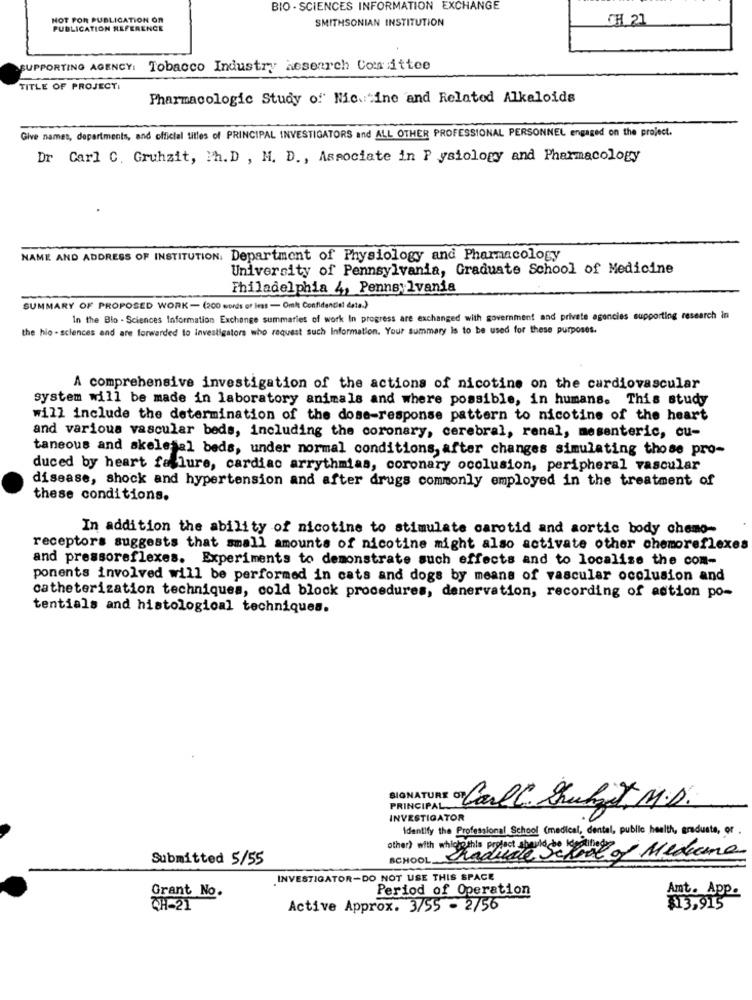
BIO - SCIENCES INFORMATION EXCHANGE
NOT FOR PUBLICATION OR
CH 21
PUBLICATION REFERENCE
SMITHSONIAN INSTITUTION
SUPPORTING AGENCY: Tobacco Industry hesearch Comittee
TITLE OF PROJECT:
Pharmacologic Study of' Nic. ine and Related Alkaloids
Give names, departments, and official titles of PRINCIPAL INVESTIGATORS and ALL OTHER PROFESSIONAL PERSONNEL engaged on the project.
Dr Carl C. Gruhzit, Ph. D , M. D ., Associate in P ysiology and Pharmacology
NAME AND ADDRESS OF INSTITUTION. Department of Physiology and Pharmacology
University of Pennsylvania, Graduate School of Medicine
Philadelphia 4, Pennsylvania
SUMMARY OF PROPOSED WORK - (200 words or less - Omsk Confidencial data.)
In the Blo - Sciences Information Exchange summaries of work In progress are exchanged with government and private agencies supporting research in
the hio - sciences and are forwarded to Investigators who request such Information. Your summary Is to be used for these purposes.
A comprehensive investigation of the actions of nicotine on the cardiovascular
system will be made in laboratory animals and where possible, in humans. This study
will include the determination of the dose-response pattern to nicotine of the heart
and various vascular beds, including the coronary, cerebral, renal, mesenteric, cu-
taneous and skeletal beds, under normal conditions, after changes simulating those pro-
duced by heart failure, cardiac arrythmias, coronary occlusion, peripheral vascular
disease, shock and hypertension and after drugs commonly employed in the treatment of
these conditions.
In addition the ability of nicotine to stimulate carotid and aortic body chemo-
receptors suggests that small amounts of nicotine might also activate other chemoreflexes
and pressoreflexes. Experiments to demonstrate such effects and to localise the com-
ponents involved will be performed in cats and dogs by means of vascular occlusion and
catheterization techniques, cold block procedures, denervation, recording of astion po-
tentials and histological techniques.
PRINCIPAL.
Or CarlC. Studiet, M.D.
INVESTIGATOR
Identify the Professional School (medical, dental, public health, graduate, or .
SCHOOL Cadude School Medemma
Submitted 5/55
INVESTIGATOR-DO NOT USE THIS SPACE
Period of Operation
Grant No.
Amt. App.
CH-21
Active Approx. 3/55 - 2/56
$13,915